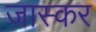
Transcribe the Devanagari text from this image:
जास्कर